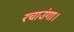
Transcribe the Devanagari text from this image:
रचाउंगा।